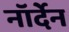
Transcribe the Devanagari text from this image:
नॉर्देन